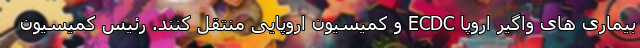
بیماری های واگیر اروپا ECDC و کمیسیون اروپایی منتقل کنند. رئیس کمیسیون